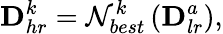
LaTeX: \mathbf{D}_{hr}^{k}=\mathcal{N}_{best}^{k}\left(\mathbf{D}_{lr}^{a}\right),